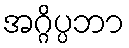
အဂ္ဂိပ္ပဘာ